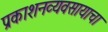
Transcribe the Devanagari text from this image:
प्रकाशनव्यवसायाचा